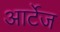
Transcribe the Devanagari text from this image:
आर्टेज